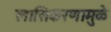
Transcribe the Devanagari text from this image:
लासिकरणामुळे